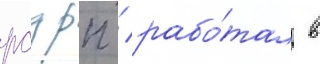
рсдрп / рабо́тал в